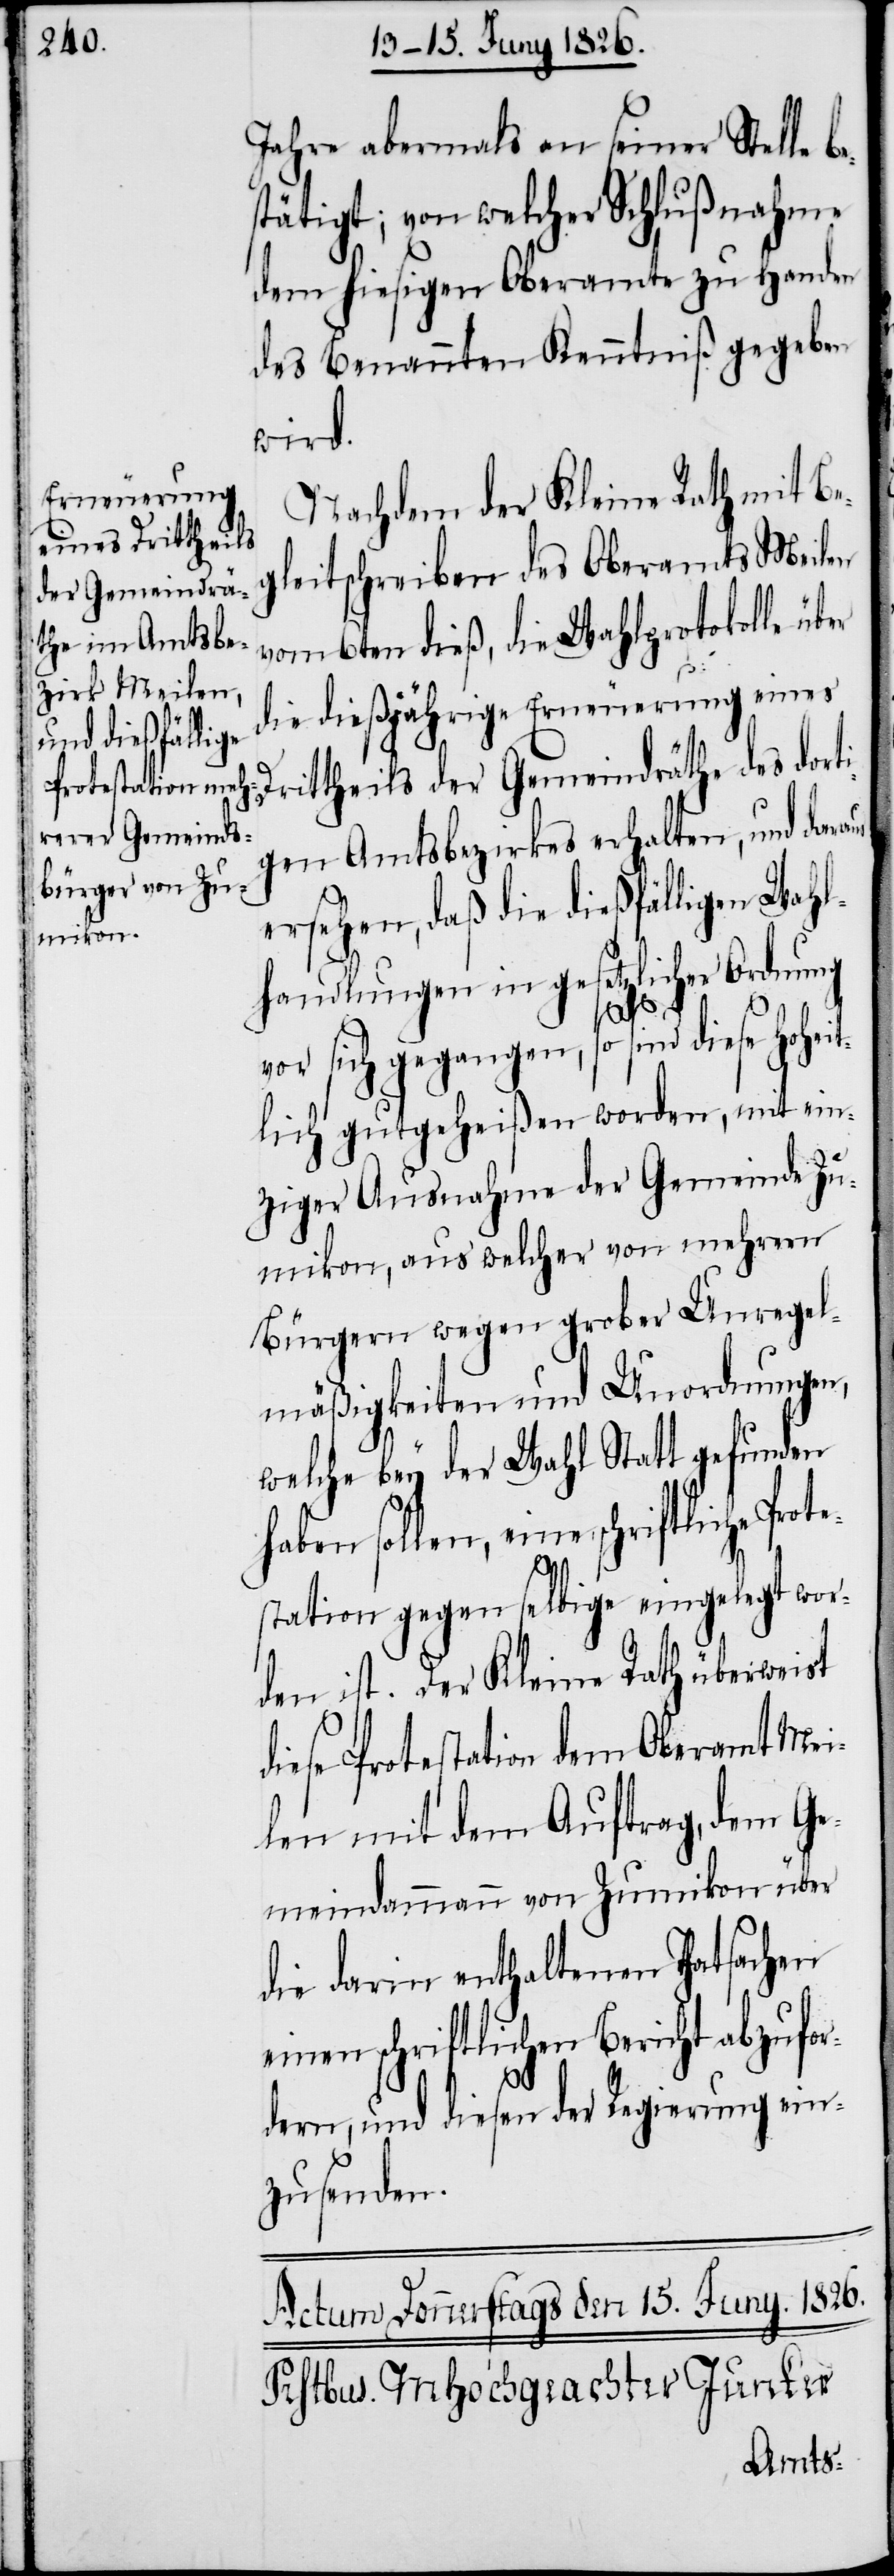
Jahre abermals an seiner Stelle be¬
stätigt; von welcher Schlußnahme
dem hiesigen Oberamte zu Handen
des Benannten Kenntniß gegeben
wird.
Nachdem der Kleine Rath mit Be¬
leitschreiben des Oberamts Meilen
vom 6ten dieß, die Wahlprotokolle über
die dießjährige Erneuerung eines
rittheils der Gemeindräthe des dorti¬
gen Amtsbezirkes erhalten, und daraus
ersehen, daß die dießfälligen Wahl¬
handlungen in gesetzlicher Ordnung
it¬
D¬
vor sich gegangen, so sind diese hohe¬
lich gutgeheißen worden, mit ein¬
ziger Ausnahme der Gemeinde Zu¬
mikon, aus welcher von mehrern
Bürgern wegen grober Unregel¬
mäßigkeiten und Unordnungen,
welche bey der Wahl Statt gefunden
haben sollen, eine schriftliche Prote¬
station gegen selbige eingelegt wor¬
den ist. Der Kleine Rath überweist
diese Protestation dem Oberamt Mei¬
len mit dem Auftrag, dem Ge¬
meindammann von Zumikon über
die darin enthaltenen Thatsachen
einen schriftlichen Bericht abzufor¬
dern, und diesen der Regierung ein¬
zusenden.